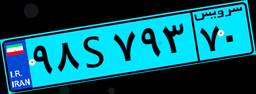
۹۸S۷۹۳۷۰